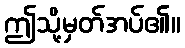
ဤသို့မှတ်အပ်၏။